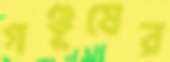
গণ্ডূষের